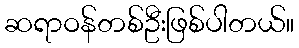
ဆရာဝန်တစ်ဦးဖြစ်ပါတယ်။